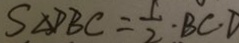
S _ { \Delta } P B C = \frac { 1 } { 2 } \cdot B C \cdot D